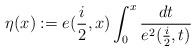
\begin{align*}\eta(x):=e(\frac{i}{2},x)\int_{0}^{x}\frac{dt}{e^{2}(\frac{i}{2},t)}\end{align*}